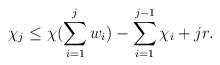
LaTeX: \begin{align*}\chi_j \leq \chi(\sum\limits_{i=1}^j w_i) -\sum\limits_{i=1}^{j-1}\chi_i + jr.\end{align*}